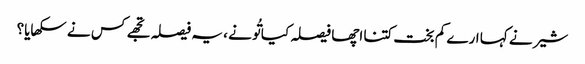
شیر نے کہا ارے کم بخت کتنا اچھا فیصلہ کیا تُو نے ، یہ فیصلہ تجھے کس نے سکھایا؟